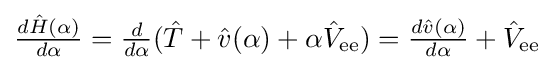
{\textstyle {\frac {d{\hat {H}}(\alpha )}{d\alpha }}={\frac {d}{d\alpha }}({\hat {T}}+{\hat {v}}(\alpha )+\alpha {\hat {V}}_{\text{ee}})={\frac {d{\hat {v}}(\alpha )}{d\alpha }}+{\hat {V}}_{\text{ee}}}